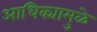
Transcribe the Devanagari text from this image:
आधिक्यामुळे